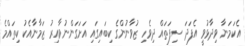
އެކަމަނާ ވިދާޅުވީ އެފަދަ ސިފަތައް ދިވެހި ޒުވާނުންގެ ކިބައިގައި އަށަގަންނުވާއިރު ޒަމާނާއެކު ކިތައްމެ